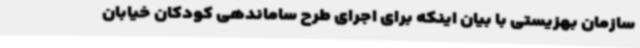
سازمان بهزیستی با بیان اینکه برای اجرای طرح ساماندهی کودکان خیابان